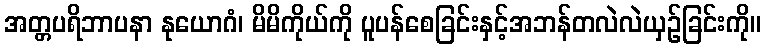
အတ္တပရိဘာပနာ နုယောဂံ၊ မိမိကိုယ်ကို ပူပန်စေခြင်းနှင့်အဘန်တလဲလဲယှဉ်ခြင်းကို။